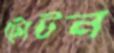
টোটন